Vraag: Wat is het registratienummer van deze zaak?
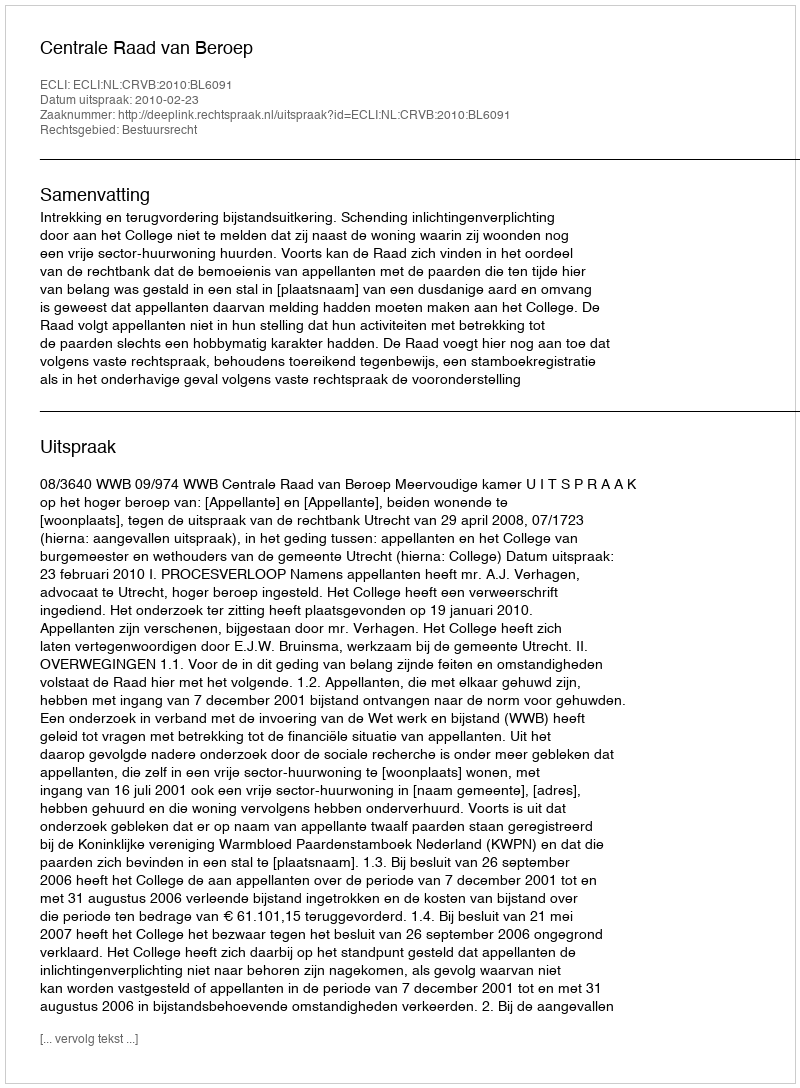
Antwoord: http://deeplink.rechtspraak.nl/uitspraak?id=ECLI:NL:CRVB:2010:BL6091